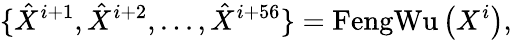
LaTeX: \{ \hat{X}^{i+1},\hat{X}^{i+2},...,\hat{X}^{i+56}\} =\operatorname{FengWu}\left(X^{i}\right),